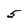
Character: 5